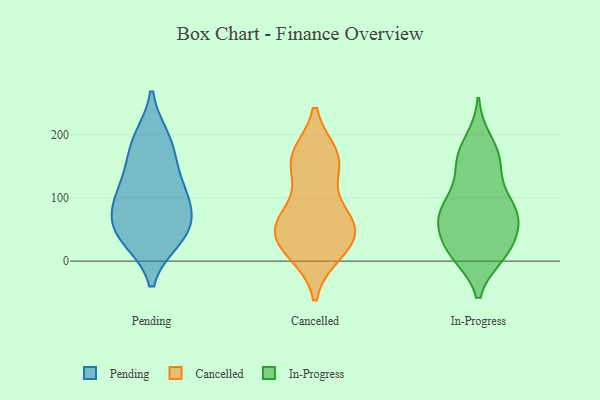
{"axis": {"x": "Churn Rate (%)", "y": "Value"}, "legend": ["Cancelled", "In-Progress", "Pending"], "data": [{"x": "", "y": 155, "type": "Pending"}, {"x": "", "y": 50, "type": "Pending"}, {"x": "", "y": 120, "type": "Pending"}, {"x": "", "y": 193, "type": "Pending"}, {"x": "", "y": 35, "type": "Pending"}, {"x": "", "y": 187, "type": "Pending"}, {"x": "", "y": 58, "type": "Pending"}, {"x": "", "y": 103, "type": "Pending"}, {"x": "", "y": 100, "type": "Pending"}, {"x": "", "y": 77, "type": "Pending"}, {"x": "", "y": 35, "type": "Pending"}, {"x": "", "y": 161, "type": "Cancelled"}, {"x": "", "y": 166, "type": "Cancelled"}, {"x": "", "y": 23, "type": "Cancelled"}, {"x": "", "y": 45, "type": "Cancelled"}, {"x": "", "y": 154, "type": "Cancelled"}, {"x": "", "y": 25, "type": "Cancelled"}, {"x": "", "y": 73, "type": "Cancelled"}, {"x": "", "y": 157, "type": "Cancelled"}, {"x": "", "y": 14, "type": "Cancelled"}, {"x": "", "y": 61, "type": "Cancelled"}, {"x": "", "y": 53, "type": "Cancelled"}, {"x": "", "y": 68, "type": "Cancelled"}, {"x": "", "y": 159, "type": "In-Progress"}, {"x": "", "y": 19, "type": "In-Progress"}, {"x": "", "y": 19, "type": "In-Progress"}, {"x": "", "y": 76, "type": "In-Progress"}, {"x": "", "y": 86, "type": "In-Progress"}, {"x": "", "y": 11, "type": "In-Progress"}, {"x": "", "y": 17, "type": "In-Progress"}, {"x": "", "y": 167, "type": "In-Progress"}, {"x": "", "y": 81, "type": "In-Progress"}, {"x": "", "y": 158, "type": "In-Progress"}, {"x": "", "y": 89, "type": "In-Progress"}, {"x": "", "y": 47, "type": "In-Progress"}, {"x": "", "y": 81, "type": "In-Progress"}, {"x": "", "y": 67, "type": "In-Progress"}, {"x": "", "y": 189, "type": "In-Progress"}, {"x": "", "y": 139, "type": "In-Progress"}, {"x": "", "y": 13, "type": "In-Progress"}, {"x": "", "y": 65, "type": "In-Progress"}]}